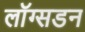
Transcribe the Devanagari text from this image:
लाॅग्सडन